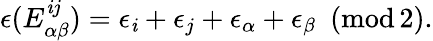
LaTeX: \epsilon(E_{\alpha\beta}^{\mathit{i}j})=\epsilon_{\mathit{i}}+\epsilon_{j}+\epsilon_{\alpha}+\epsilon_{\beta}\, \, \, (\mathrm{{mod\, 2}}).